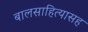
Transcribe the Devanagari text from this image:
बालसाहित्यासह